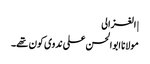
| الغزالی
مولانا ابوالحسن علی ندوی کون تھے۔